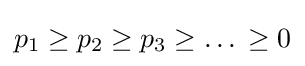
p_{1}\geq p_{2}\geq p_{3}\geq \ldots \,\geq 0